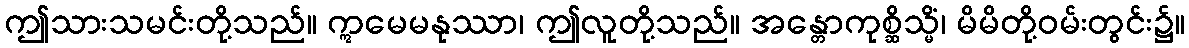
ဤသားသမင်းတို့သည်။ ဣမေမနုဿာ၊ ဤလူတို့သည်။ အန္တောကုစ္ဆိသ္မိံ၊ မိမိတို့ဝမ်းတွင်း၌။